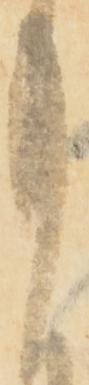
月